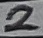
Text: 2